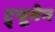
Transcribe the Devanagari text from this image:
ट्र्यूमेन